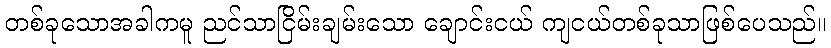
တစ်ခုသောအခါကမူ ညင်သာငြိမ်းချမ်းသော ချောင်းငယ် ကျငယ်တစ်ခုသာဖြစ်ပေသည်။